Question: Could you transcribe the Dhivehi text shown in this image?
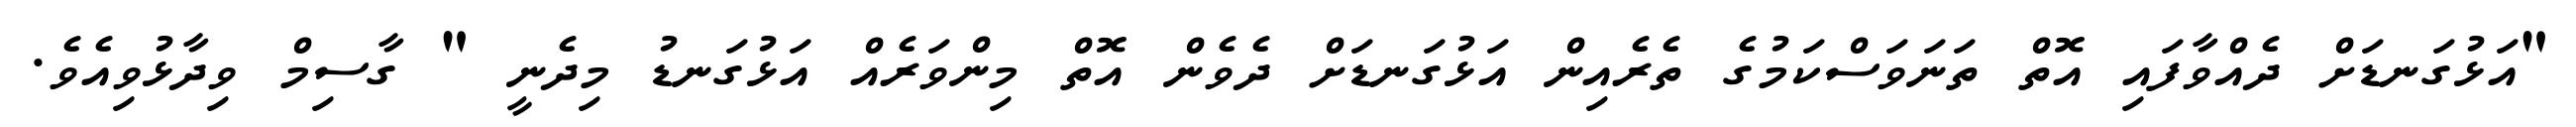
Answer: "އަޅުގަނޑަށް ދެއްވާފައި އޮތް ތަނަވަސްކަމުގެ ތެރެއިން އަޅުގަނޑަށް ދެވެން އޮތް މިންވަރެއް އަޅުގަނޑު މިދެނީ " ގާސިމް ވިދާޅުވިއެވެ.